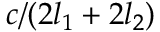
c / ( 2 l _ { 1 } + 2 l _ { 2 } )